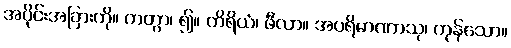
အပိုင်းအခြားကို။ ကတွာ၊ ၍။ တိရိယံ၊ ဖီလာ။ အပရိမာဏာသု၊ ကုန်သော။